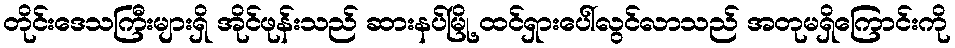
တိုင်းဒေသကြီးများရှိ အိုင်ဖုန်းသည် ဆားနပ်မြို့ ထင်ရှားပေါ်လွင်လာသည် အတုမရှိကြောင်းကို